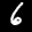
Label: 6